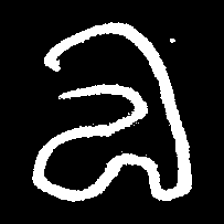
Pyu character \u2014 Myanmar letter: လ (romanized: la)